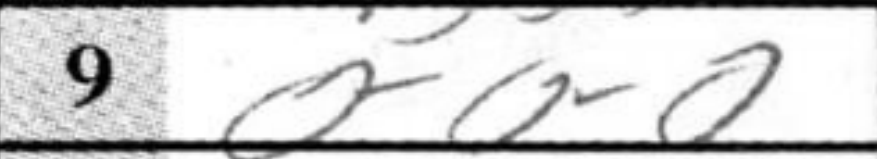
Transcription: O-O-O